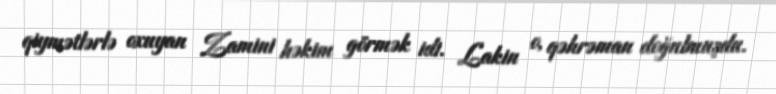
qiymətlərlə oxuyan Zamini həkim görmək idi. Lakin o, qəhrəman doğulmuşdu.